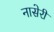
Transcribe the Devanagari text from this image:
नासेरी